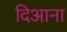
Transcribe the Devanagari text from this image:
दिआना